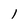
Character: l